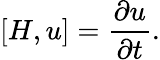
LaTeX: [H,u]={\frac{\partial u}{\partial t}}.